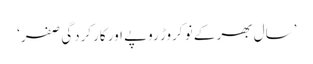
’سال بھر کے نو کروڑ روپے اور کارکردگی صفر‘